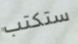
ستكتب